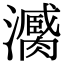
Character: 𤃼